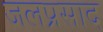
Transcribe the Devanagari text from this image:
जलप्रसाद